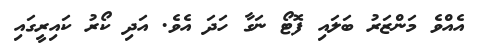
އެއްވެ މަންޒަރު ބަލައި ފޮޓޯ ނަގާ ހަދަ އެވެ. އަދި ކޯރު ކައިރީގައި